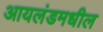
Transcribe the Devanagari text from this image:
आयलंडमधील